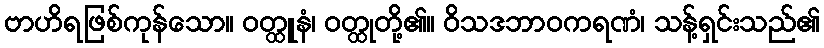
ဗာဟိရဖြစ်ကုန်သော။ ဝတ္ထူနံ၊ ဝတ္ထုတို့၏။ ဝိသဒဘာဝကရဏံ၊ သန့်ရှင်းသည်၏